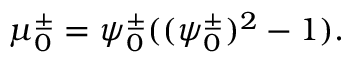
\mu _ { 0 } ^ { \pm } = \psi _ { 0 } ^ { \pm } ( ( \psi _ { 0 } ^ { \pm } ) ^ { 2 } - 1 ) .